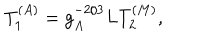
T _ { 1 } ^ { ( A ) } = g _ { A } ^ { - 2 / 3 } L T _ { 2 } ^ { ( M ) } ,